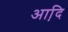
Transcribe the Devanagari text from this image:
आदि़